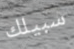
سبيلك